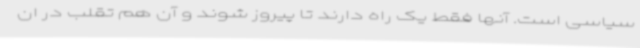
سیاسی است. آنها فقط یک راه دارند تا پیروز شوند و آن هم تقلب در ان